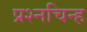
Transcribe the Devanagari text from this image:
प्रश्‍नचिन्ह